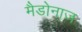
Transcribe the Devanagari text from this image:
मैडोनाज